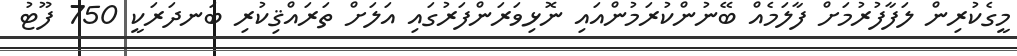
މީގެކުރިން ލަފާފުރުމަށް ފާލަމެއް ބޭނުންކުރަމުންއައި ނޮޅިވަރަންފަރުގައި އަލަށް ތަރައްޤިކުރި ބަނދަރަކީ 750 ފޫޓު